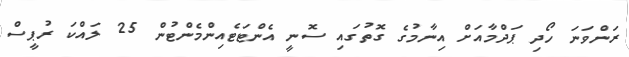
ރަންވަނަ ހޯދި ޕަދްމާއަށް އިނާމުގެ ގޮތުގައި ސޮނީ އެންޓަޓެއިންމެންޓުން 25 ލައްކަ ރުޕީސް